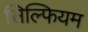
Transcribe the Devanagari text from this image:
सिल्फियम